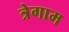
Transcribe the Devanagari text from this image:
त्रेगाम